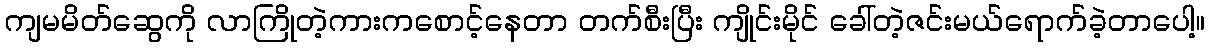
ကျမမိတ်ဆွေကို လာကြိုတဲ့ကားကစောင့်နေတာ တက်စီးပြီး ကျိုင်းမိုင် ခေါ်တဲ့ဇင်းမယ်ရောက်ခဲ့တာပေါ့။